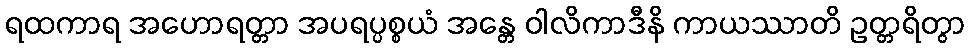
ရထကာရ အဟောရတ္တာ အပရပ္ပစ္စယံ အန္တေ ဝါလိကာဒီနိ ကာယဿာတိ ဥတ္တရိတွာ